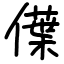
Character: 僷